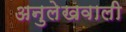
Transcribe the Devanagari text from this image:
अनुलेखवाली